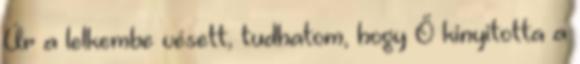
Úr a lelkembe vésett, tudhatom, hogy Ő kinyitotta a